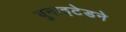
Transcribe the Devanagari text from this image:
युनाइटेडने